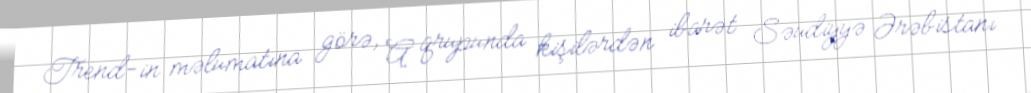
Trend-in məlumatına görə, A qrupunda kişilərdən ibarət Səudiyyə Ərəbistanı